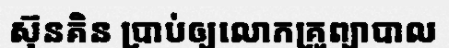
ស៊ុនគិន ប្រាប់ឲ្យលោកគ្រូព្យាបាល